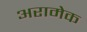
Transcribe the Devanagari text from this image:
अरामेक